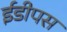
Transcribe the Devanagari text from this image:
ईडीपस